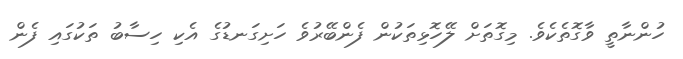
ހުންނާތީ ވާގޮތެކެވެ. މިގޮތަށް ލޭހޮޅިތަކުން ފެންބޭރުވެ ހަށިގަނޑުގެ އެކި ހިސާބު ތަކުގައި ފެން